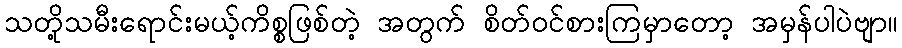
သတို့သမီးရောင်းမယ့်ကိစ္စဖြစ်တဲ့ အတွက် စိတ်ဝင်စားကြမှာတော့ အမှန်ပါပဲဗျာ။